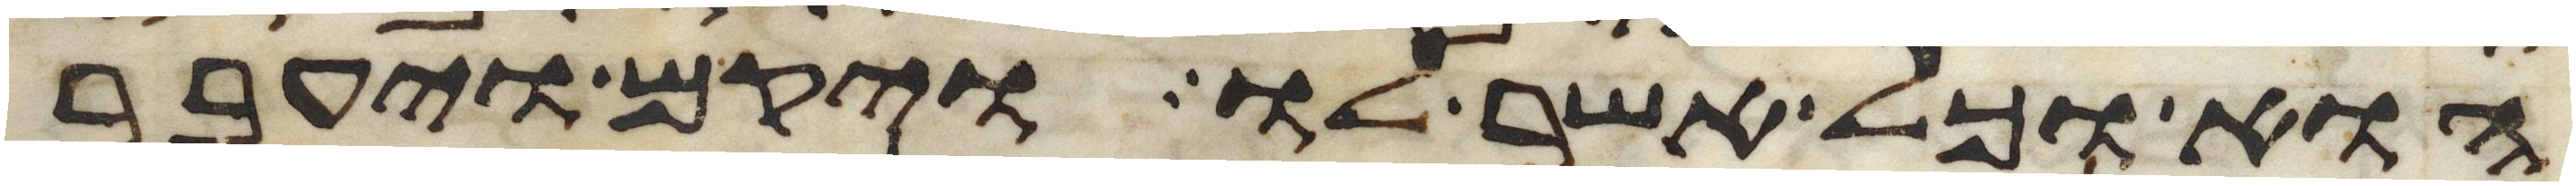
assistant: הוא וכל אשר לו ויקם ויעבר